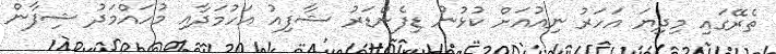
ތެރޭގައި މިދިޔަ އަހަރު ނިއުއަށް ކުޅުނު ޑިފެންޑަރު ޝާފިއު އަހުމަދާއި މުހައްމަދު ޝިފާން